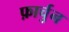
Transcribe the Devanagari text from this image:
फ़ार्चुन